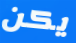
يكن